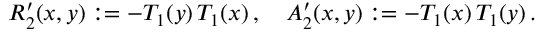
R _ { 2 } ^ { \prime } ( x , y ) : = - T _ { 1 } ( y ) \, T _ { 1 } ( x ) \, , \quad A _ { 2 } ^ { \prime } ( x , y ) : = - T _ { 1 } ( x ) \, T _ { 1 } ( y ) \, .